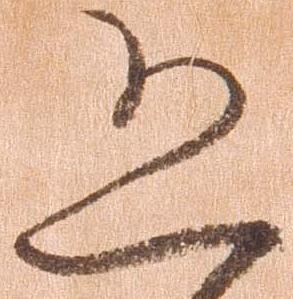
恐